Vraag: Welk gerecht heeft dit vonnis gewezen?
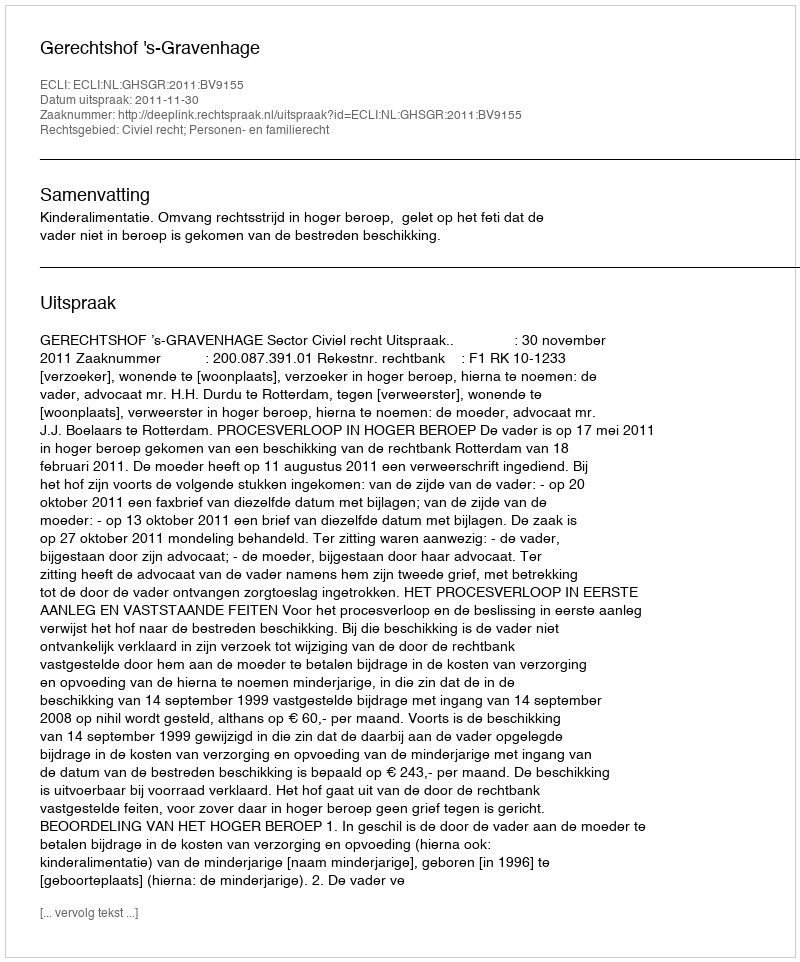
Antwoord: Gerechtshof 's-Gravenhage